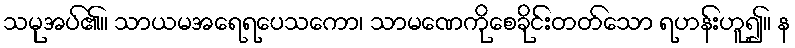
သမုအပ်၏။ သာယမအရေရပေသကော၊ သာမဏေကိုစေခိုင်းတတ်သော ရဟန်းဟူ၍။ န